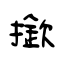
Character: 撳